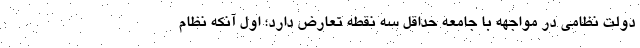
دولت نظامی در مواجهه با جامعه حداقل سه نقطه تعارض دارد؛ اول آنکه نظام